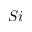
S i